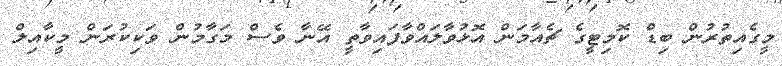
މީގެއިތުރުން ބިޑް ކޮމިޓީގެ ޗެއާމަން އޮޅުވާލައްވާފައިވާތީ އޭނާ ވެސް މަގާމުން ވަކިކުރަން މީކާއިލް